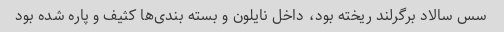
سس سالاد برگرلند ریخته بود، داخل نایلون و بسته بندی‌ها کثیف و پاره شده بود